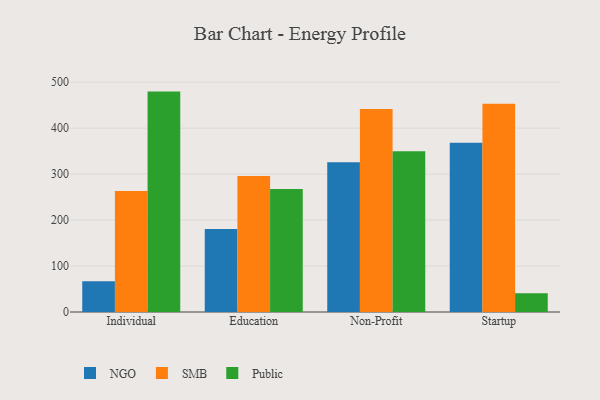
{"axis": {"x": "Segment", "y": "Page Views"}, "legend": ["NGO", "Public", "SMB"], "data": [{"x": "Individual", "y": 66.9, "type": "NGO"}, {"x": "Individual", "y": 263.5, "type": "SMB"}, {"x": "Individual", "y": 479.6, "type": "Public"}, {"x": "Education", "y": 180.7, "type": "NGO"}, {"x": "Education", "y": 296.1, "type": "SMB"}, {"x": "Education", "y": 267.9, "type": "Public"}, {"x": "Non-Profit", "y": 325.8, "type": "NGO"}, {"x": "Non-Profit", "y": 441.8, "type": "SMB"}, {"x": "Non-Profit", "y": 350.0, "type": "Public"}, {"x": "Startup", "y": 368.3, "type": "NGO"}, {"x": "Startup", "y": 453.4, "type": "SMB"}, {"x": "Startup", "y": 40.8, "type": "Public"}]}